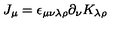
J _ { \mu } = \epsilon _ { \mu \nu \lambda \rho } \partial _ { \nu } K _ { \lambda \rho }